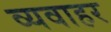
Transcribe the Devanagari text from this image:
व्यवाहर